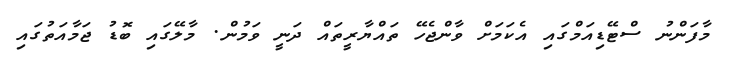
މާފަންނު ސްޓޭޑިއަމްގައި އެކަމަށް ވާންޖެހޭ ތައްޔާރީތައް ދަނީ ވަމުން. މާލޭގައި ބޮޑު ޖަމާއަތުގައި